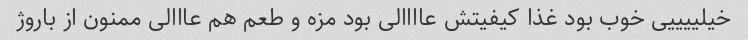
خیلییییی خوب بود غذا کیفیتش عاااالی بود مزه و طعم هم عااالی ممنون از باروژ